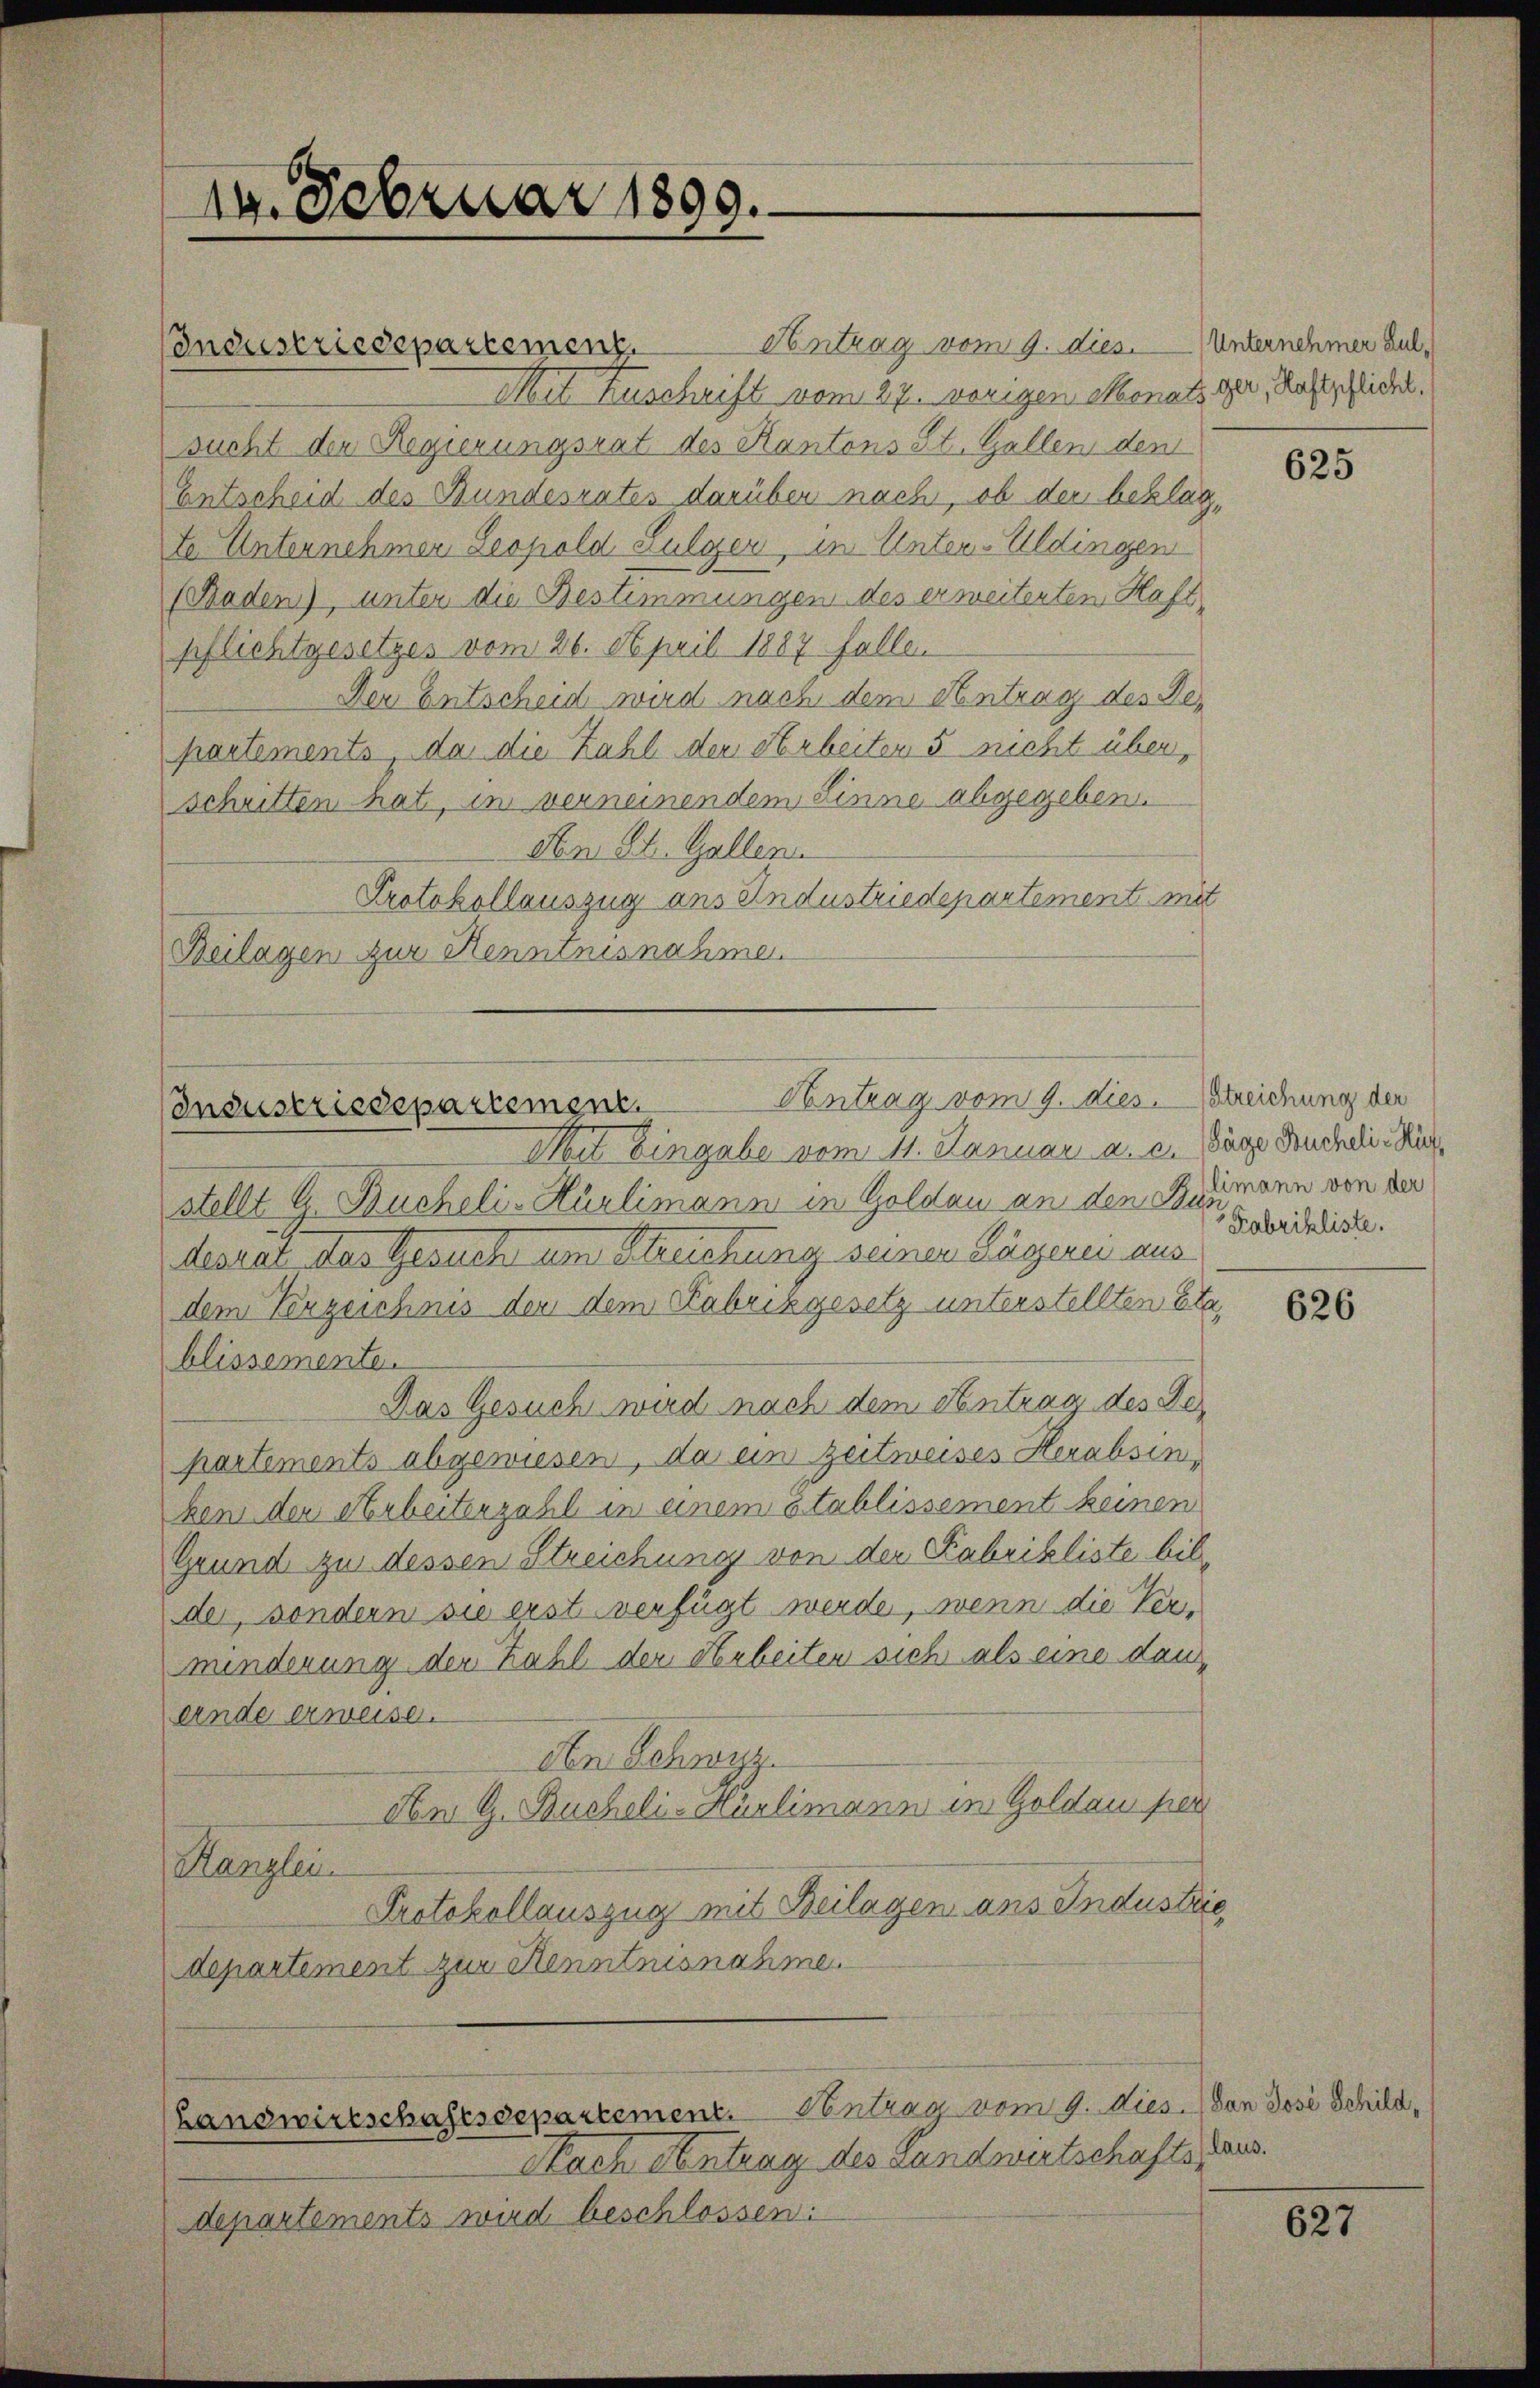
19. Februar 1890.

Antrag vom 9. dies. Unternehmen bul¬
Industriedepartement.
Mit Zuschrift vom 27. vorigen Monats der, Rastschlicht.
sucht der Regierungsrat des Kantons St. Gallen den
Entscheid des Bundesrates darüber nach, ob der beklagte Unternehmer Leopold Fulger, in Unter-Uldingen
(Raden), unter die Bestimmungen des erweiterten Haft
pflichtgesetzes vom 26. April 1887 fallen
Der Entscheid wird nach dem Antrag des Departements, da die Zahl der Arbeiter 5 nicht über,
schritten hat, in verneinendem Sinne abgegeben.
An St. Gallen
Protokollauszug aus Industriedepartement mit
Beilagen zur Kenntnisnahme

Antrag vom 9. dies. Streichung der
Industriedepartement.

Mit Eingabe vom 11. Januar a. c. Säge Buchdie Kirstellt G. Buchelis Hürlimann in Goldau an den Bismann von der
desrat das Gesuch um Steuchung seiner Lagerei aus
dem Verzeichnis der dem Fabrikgesetz unterstellten Eta
blissemente.
Das Gesuch wird nach dem Antrag des Departements abgewiesen, da ein zeitweises Herabsins
ken den Arbeiterzahl in einem Etablissement keinen
Grund zu dessen Streichung von der Fabrikliste bilder, sondern sie erst verfügt werde, wenn die Verminderung den Kahl der Arbeiten sich als eine danernde erweise.
Aen Schwyz.
Ae G. Bucheli-Hürlimann im Goldau per
Kanzlei
Protokollauszug mit Beilagen aus Industrie
departement zur Kenntnisnahme.

(Landwirtschaftsdepartement. Ventrag vom 9. dies. Dan Josi Schild¬

Nach Antrag des Landwirtschafts aus.
departements wird beschlossen:

625

Fabrikliste.

626

627